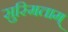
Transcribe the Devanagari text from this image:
सुस्मिताम्